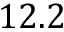
1 2 . 2